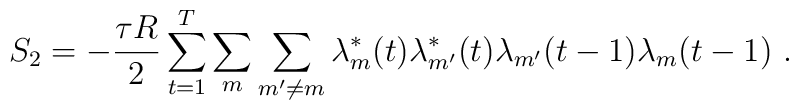
S_2 =-\frac{\tau R}{2} \sum_{t=1}^T \sum_{m} \sum_{m'\neq m} \lambda^*_m(t) \lambda^*_{m'}(t) \lambda_{m'}(t-1) \lambda_m(t-1)\ .